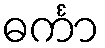
ဓင်္ကာ